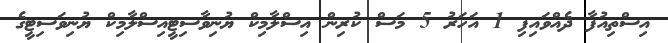
އިސްތިއުފާ ދެއްވައިފި 1 އަހަރު 5 މަސް ކުރިން އިސްލާމިކް ޔުނިވާސިޓީއިސްލާމިކް ޔުނިވަސިޓީގެ